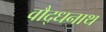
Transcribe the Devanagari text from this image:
वौद्धनाथ